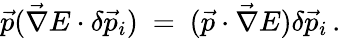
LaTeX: \vec{p}(\vec{\nabla}E\cdot\delta\vec{p}_{i})\ =\ (\vec{p}\cdot\vec{\nabla}E)\delta\vec{p}_{i}\, .